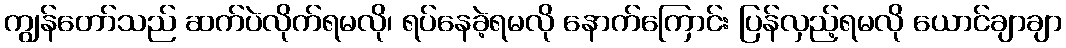
ကျွန်တော်သည် ဆက်ပဲလိုက်ရမလို၊ ရပ်နေခဲ့ရမလို နောက်ကြောင်း ပြန်လှည့်ရမလို ယောင်ချာချာ